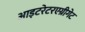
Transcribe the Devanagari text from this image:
आइटरेटरएग्रीगेट